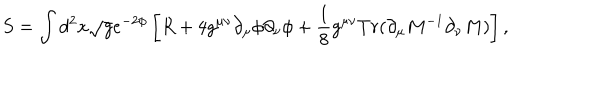
LaTeX: S = \int d ^ { 2 } x \sqrt { g } e ^ { - 2 \phi } \left[ R + 4 g ^ { \mu \nu } \partial _ { \mu } \phi \partial _ { \nu } \phi + \frac { 1 } { 8 } g ^ { \mu \nu } T r ( \partial _ { \mu } M ^ { - 1 } \partial _ { \nu } M ) \right] ,